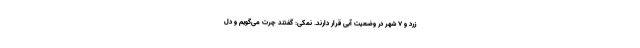
زرد و ۷ شهر در وضعیت آبی قرار دارند. نمکی: گفتند چرت می‌گویم و دل